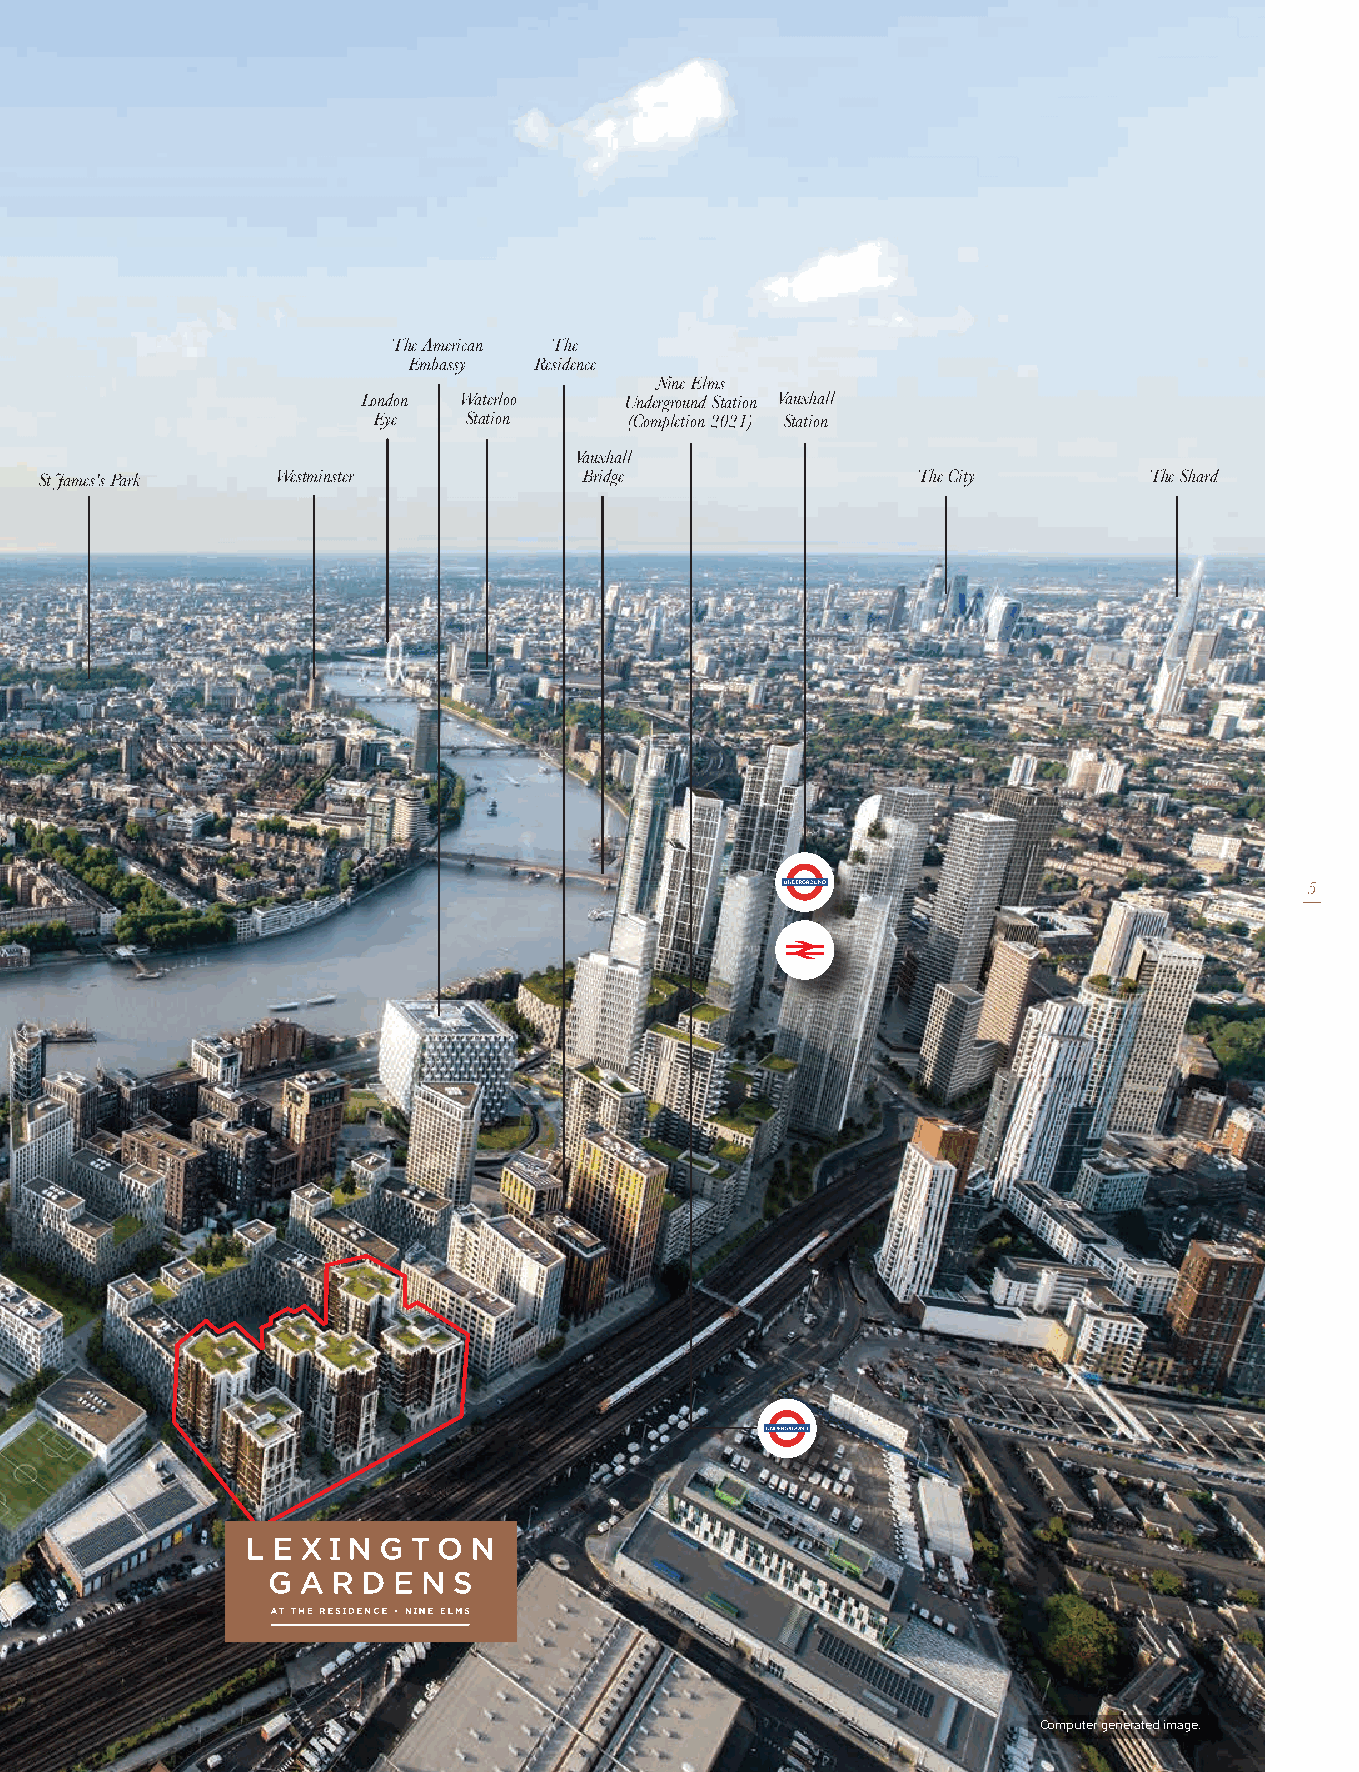
The American The
 Embassy Residence
 Nine Elms
 London Waterloo  Underground Station Vauxhall
 Eye   Station    (Completion 2021) Station
 Vauxhall
 St James's Park Westminster         Bridge                The City       The Shard
 5
 Computer generated image.